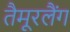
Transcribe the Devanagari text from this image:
तैमूरलैंग